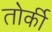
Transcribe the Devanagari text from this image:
तोर्की